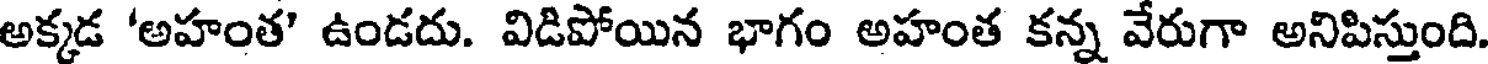
అక్కడ 'అహంత' ఉండదు. విడిపోయిన భాగం అహంత కన్న వేరుగా అనిపిస్తుంది